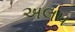
અલપ